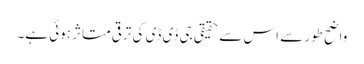
واضح طور سے اس سے حقیقی جی ڈی ڈی کی ترقی متاثر ہوئی ہے۔